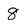
Character: 8